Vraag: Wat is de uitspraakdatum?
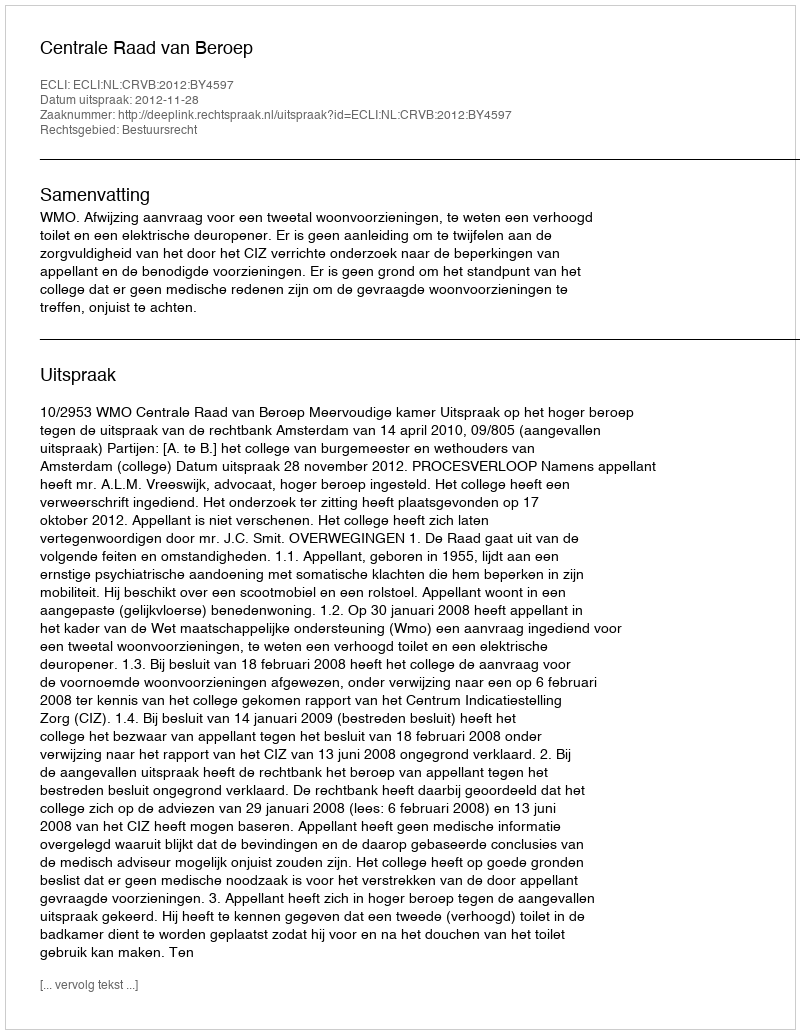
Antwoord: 2012-11-28